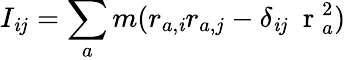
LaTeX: I_{\mathit{i}j}=\sum_{a}m(r_{a,\mathit{i}}r_{a,j}-\delta_{\mathit{i}j}\mathrm{{~\mathbf{~}r~}}_{a}^{2})